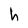
Character: h